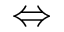
\Leftrightarrow